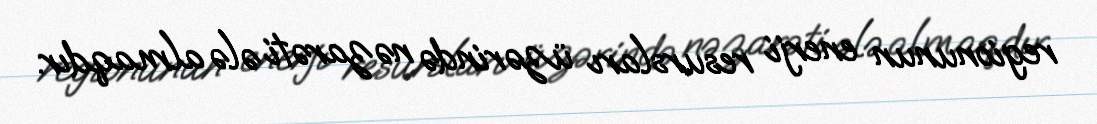
regionunun enerji resursları üzərində nəzarəti ələ almaqdır.